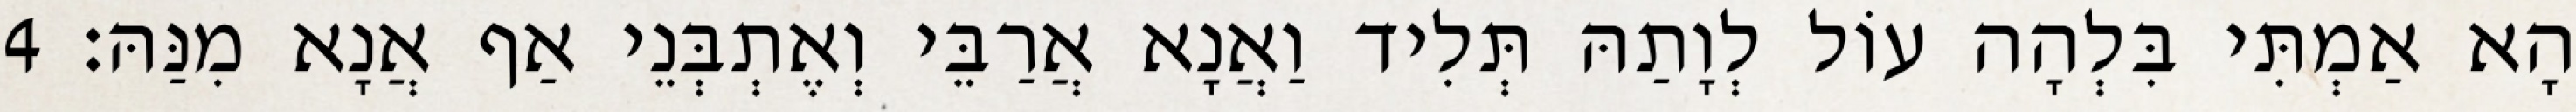
הָא אַמְתִּי בִּלְהָה עוֹל לְוָתַהּ תְּלִיד וַאֲנָא אֲרַבֵּי וְאֶתְבְּנֵי אַף אֲנָא מִנַּהּ׃ 4